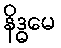
နိဒ္ဓမေ